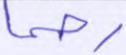
رحما